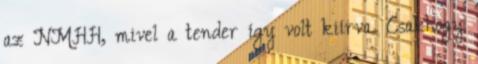
az NMHH, mivel a tender így volt kiírva. Csakhogy